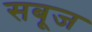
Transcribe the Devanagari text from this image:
सबूज